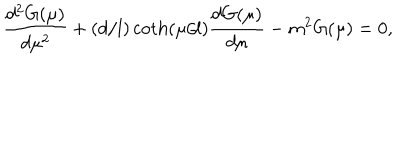
\frac { d ^ { 2 } G ( \mu ) } { d \mu ^ { 2 } } + ( d / l ) \coth ( \mu / l ) \frac { d G ( \mu ) } { d \mu } - m ^ { 2 } G ( \mu ) = 0 ,